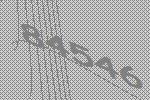
84546